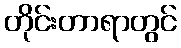
တိုင်းတာရာတွင်